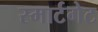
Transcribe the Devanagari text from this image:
स्मार्टगेट